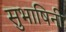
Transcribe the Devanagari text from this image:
सुभाषिनी